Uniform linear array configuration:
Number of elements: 48
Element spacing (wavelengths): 0.75
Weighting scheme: uniform
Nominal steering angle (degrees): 15
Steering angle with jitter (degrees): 15.575
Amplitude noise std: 0.05
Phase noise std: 0.05

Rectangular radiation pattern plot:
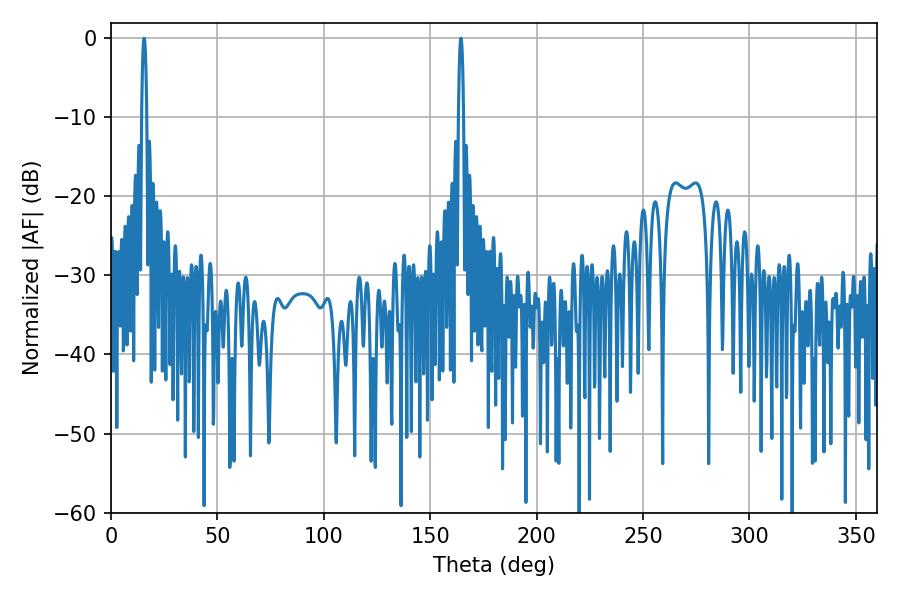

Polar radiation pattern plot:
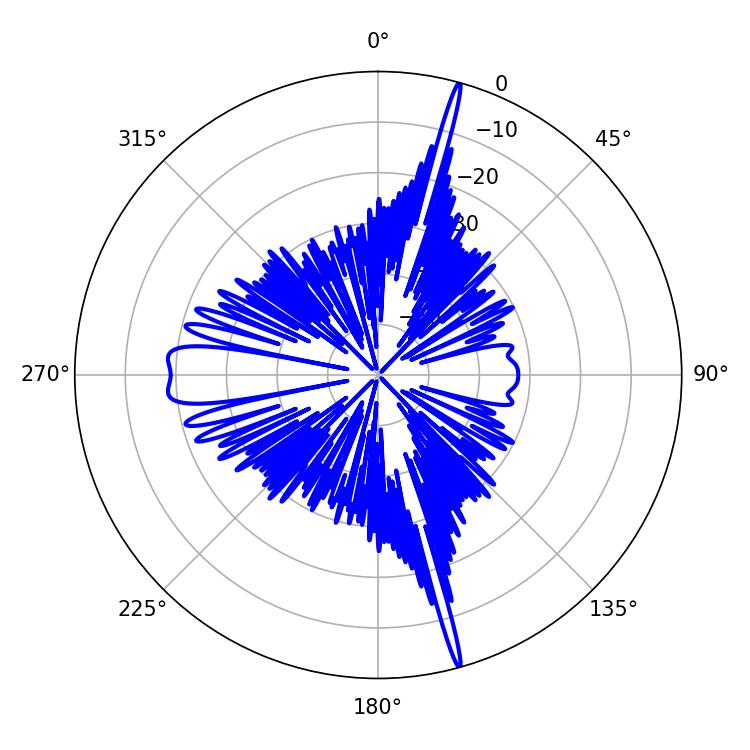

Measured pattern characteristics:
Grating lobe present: TRUE
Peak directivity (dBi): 23.113
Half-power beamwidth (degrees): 1.26
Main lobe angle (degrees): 15.48